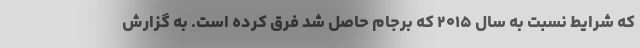
که شرایط نسبت به سال ۲۰۱۵ که برجام حاصل شد فرق کرده است. به گزارش